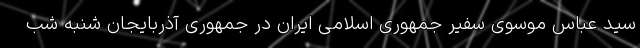
سید عباس موسوی سفیر جمهوری اسلامی ایران در جمهوری آذربایجان شنبه شب